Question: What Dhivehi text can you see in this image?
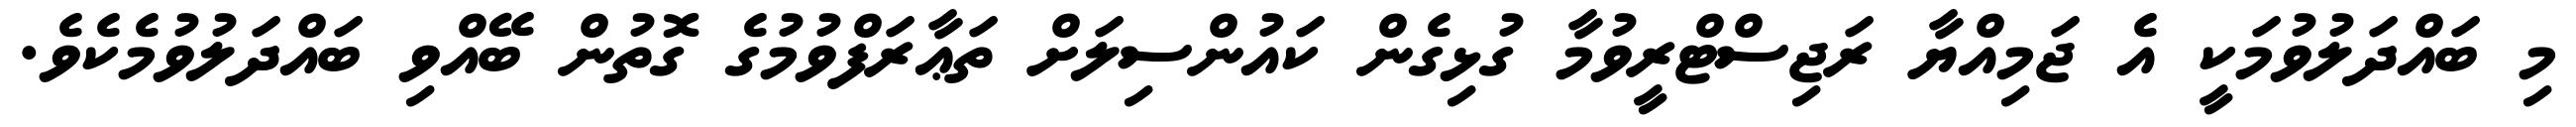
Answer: މި ބައްދަލުވުމަކީ އެ ޖަމިއްޔާ ރަޖިސްޓްރީވުމާ ގުޅިގެން ކައުންސިލަށް ތަޢާރަފްވުމުގެ ގޮތުން ބޭއްވި ބައްދަލުވުމެކެވެ.